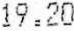
19.20